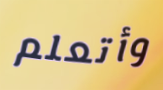
وأتعلم